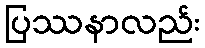
ပြဿနာလည်း